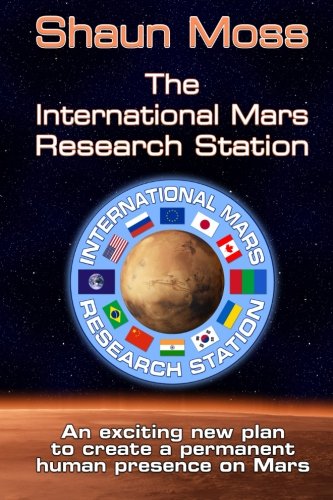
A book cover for The International Mars Research Station: An exciting new plan to create a permanent human presence on Mars; Shaun Mark Moss; Science & Math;